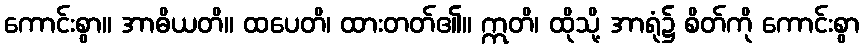
ကောင်းစွာ။ အာဓိယတိ။ ထပေတိ၊ ထားတတ်၏။ ဣတိ၊ ထိုသို့ အာရုံ၌ စိတ်ကို ကောင်းစွာ